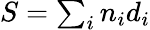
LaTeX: S=\textstyle\sum_{i}n_{i}d_{i}